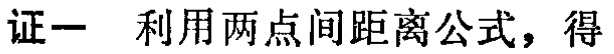
证一 利用两点间距离公式，得